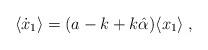
LaTeX: \begin{align*} \langle \dot{x}_1\rangle =(a-k+ k \hat{\alpha})\langle x_1\rangle \;,\end{align*}